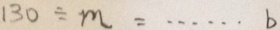
1 3 0 \div m = \cdots b